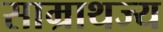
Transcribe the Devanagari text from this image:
साम्राथज्य